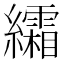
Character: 䌮